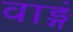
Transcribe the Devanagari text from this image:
वाङ्गं